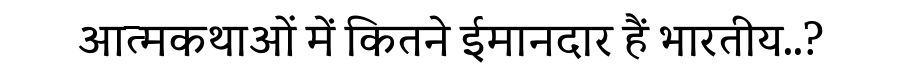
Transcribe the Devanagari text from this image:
आत्मकथाओं में कितने ईमानदार हैं भारतीय..?